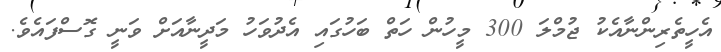
އެހީތެރިންނާއެކު ޖުމްލަ 300 މީހުން ހަތް ބަހުގައި އެދުވަހު މަދީނާއަށް ވަނީ ގޮސްފައެވެ.